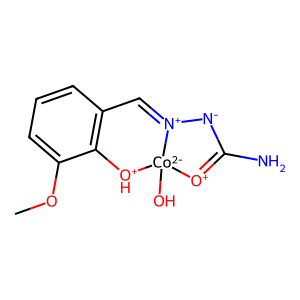
SMILES: COc1cccc2c1[OH+][Co-2]1(O)[O+]=C(N)[N-][N+]1=C2
Inhibits HIV replication: No